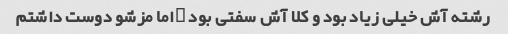
رشته آش خیلی زیاد بود و کلا آش سفتی بود …اما مزشو دوست داشتم